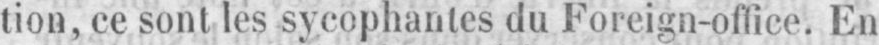
tion, ce sont les sycophantes du Foreign-office. En